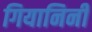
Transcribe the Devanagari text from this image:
गियानिनी